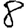
Digit: 8